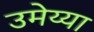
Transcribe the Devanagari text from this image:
उमेय्या